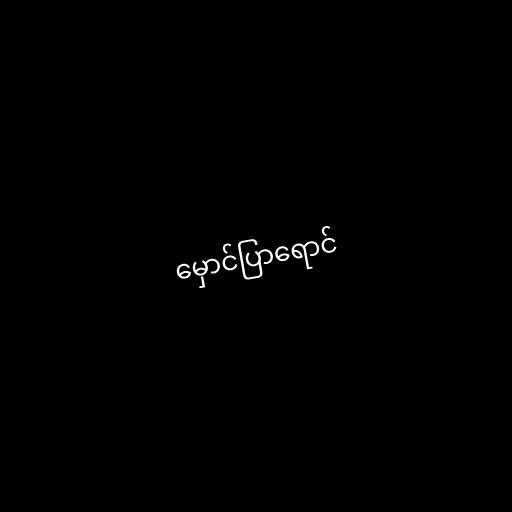
မှောင်ပြာရောင်